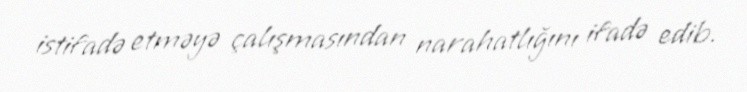
istifadə etməyə çalışmasından narahatlığını ifadə edib.